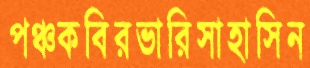
পঞ্চকবিরভারিসাহাসিন